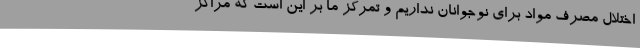
اختلال مصرف مواد برای نوجوانان نداریم و تمرکز ما بر این است که مراکز